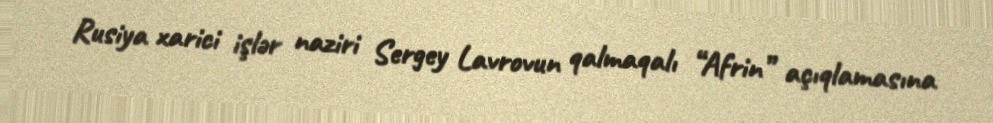
Rusiya xarici işlər naziri Sergey Lavrovun qalmaqalı “Afrin” açıqlamasına